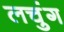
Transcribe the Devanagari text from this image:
लचुंग